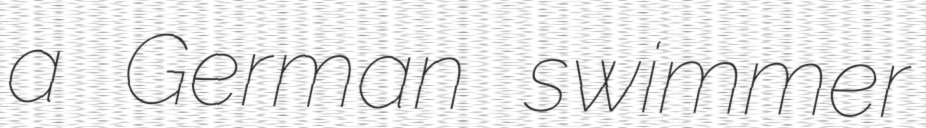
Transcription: a German swimmer